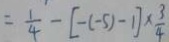
= \frac { 1 } { 4 } - [ - ( - 5 ) - 1 ] \times \frac { 3 } { 4 }